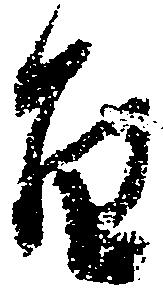
旨